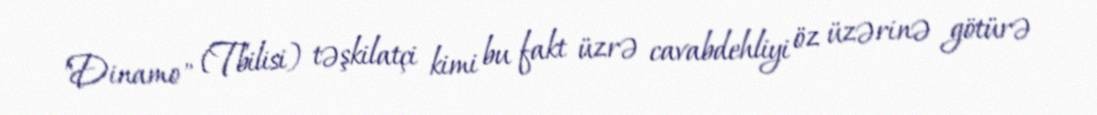
"Dinamo" (Tbilisi) təşkilatçi kimi bu fakt üzrə cavabdehliyi öz üzərinə götürə